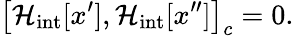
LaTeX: \left[{{\cal H}_{\mathrm{int}}[x^{\prime}],{\cal H}_{\mathrm{int}}[x^{\prime\prime}]}\right]_{c}=0.